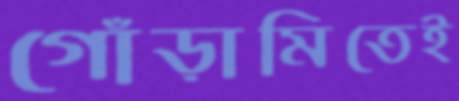
গোঁড়ামিতেই